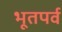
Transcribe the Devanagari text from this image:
भूतपर्व